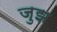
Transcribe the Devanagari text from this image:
जुझ